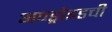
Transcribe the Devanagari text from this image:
अण्ड्रोइडची